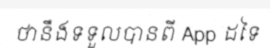
ថានឹងទទួលបានពី App ដទៃ